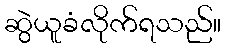
ဆွဲယူခံလိုက်ရသည်။